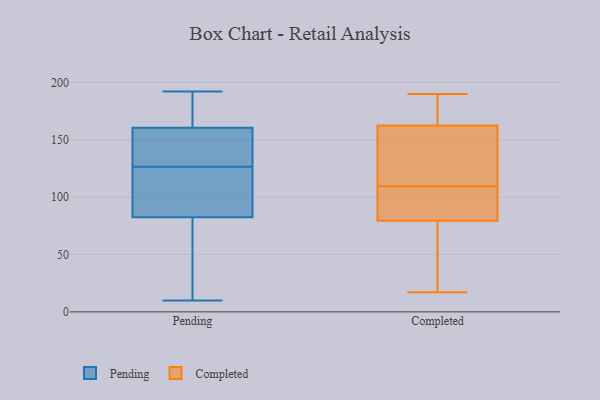
{"axis": {"x": "Satisfaction Score", "y": "Value"}, "legend": ["Completed", "Pending"], "data": [{"x": "", "y": 142, "type": "Pending"}, {"x": "", "y": 133, "type": "Pending"}, {"x": "", "y": 10, "type": "Pending"}, {"x": "", "y": 33, "type": "Pending"}, {"x": "", "y": 165, "type": "Pending"}, {"x": "", "y": 161, "type": "Pending"}, {"x": "", "y": 119, "type": "Pending"}, {"x": "", "y": 134, "type": "Pending"}, {"x": "", "y": 99, "type": "Pending"}, {"x": "", "y": 168, "type": "Pending"}, {"x": "", "y": 113, "type": "Pending"}, {"x": "", "y": 192, "type": "Pending"}, {"x": "", "y": 66, "type": "Pending"}, {"x": "", "y": 50, "type": "Pending"}, {"x": "", "y": 129, "type": "Pending"}, {"x": "", "y": 160, "type": "Pending"}, {"x": "", "y": 124, "type": "Pending"}, {"x": "", "y": 24, "type": "Pending"}, {"x": "", "y": 170, "type": "Pending"}, {"x": "", "y": 105, "type": "Pending"}, {"x": "", "y": 60, "type": "Completed"}, {"x": "", "y": 52, "type": "Completed"}, {"x": "", "y": 177, "type": "Completed"}, {"x": "", "y": 190, "type": "Completed"}, {"x": "", "y": 112, "type": "Completed"}, {"x": "", "y": 141, "type": "Completed"}, {"x": "", "y": 99, "type": "Completed"}, {"x": "", "y": 159, "type": "Completed"}, {"x": "", "y": 17, "type": "Completed"}, {"x": "", "y": 166, "type": "Completed"}, {"x": "", "y": 99, "type": "Completed"}, {"x": "", "y": 107, "type": "Completed"}]}